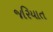
જરિયાત